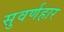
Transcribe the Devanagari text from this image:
सुवर्णहार